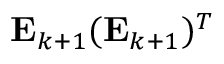
\mathbf { E } _ { k + 1 } ( \mathbf { E } _ { k + 1 } ) ^ { T }